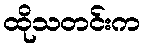
ထိုသတင်းက